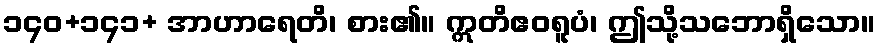
၁၄၀+၁၄၁+ အာဟာရေတိ၊ စား၏။ ဣတိဧဝရူပံ၊ ဤသို့သဘောရှိသော။